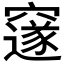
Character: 𮄜